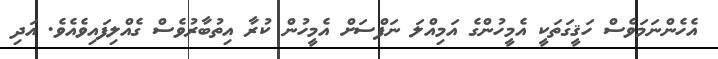
އެހެންނަމަވެސް ހަޤީގަތަކީ އެމީހުންގެ އަމިއްލަ ނަފްސަށް އެމީހުން ކުރާ އިތުބާރުވެސް ގެއްލިފައިވެއެވެ. އަދި